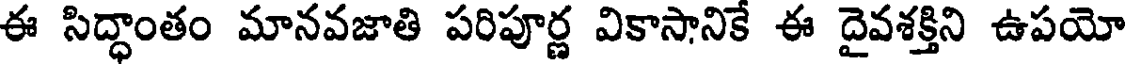
ఈ సిద్ధాంతం మానవజాతి పరిపూర్ణ వికాసానికే ఈ దైవశక్తిని ఉపయో